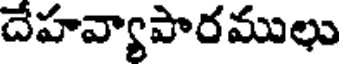
దేహవ్యాపారములు